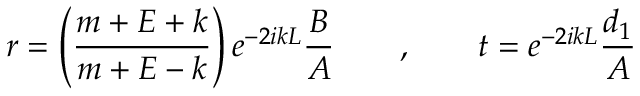
r = \left( \frac { m + E + k } { m + E - k } \right) e ^ { - 2 i k L } \frac { B } { A } \qquad , \qquad t = e ^ { - 2 i k L } \frac { d _ { 1 } } { A }